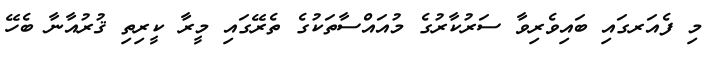
މި ފެއަރގައި ބައިވެރިވާ ސަރުކާރުގެ މުއައްސާތަކުގެ ތެރޭގައި މީރާ ކީރިތި ޤުރުއާނާ ބެހޭ